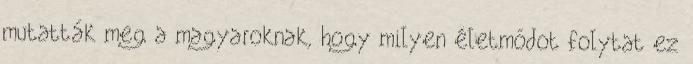
mutatták meg a magyaroknak, hogy milyen életmódot folytat ez